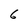
Character: 6